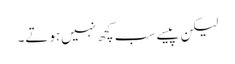
لیکن پیسے سب کچھ نہیں‌ہوتے۔